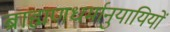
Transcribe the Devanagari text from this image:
ब्राह्मणधर्मानुयायियों